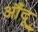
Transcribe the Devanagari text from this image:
औंदू